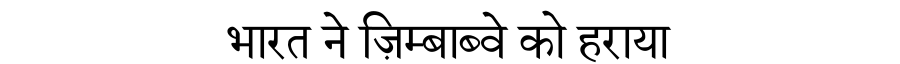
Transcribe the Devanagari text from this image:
भारत ने ज़िम्बाब्वे को हराया